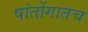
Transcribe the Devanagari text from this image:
षांतोंगातच